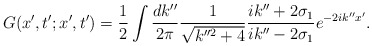
\begin{align*}G(x',t';x',t')=\frac{1}{2}\int\frac{dk''}{2\pi}\frac{1}{\sqrt{k''^{2}+4}}\frac{ik''+2\sigma_{1}}{ik''-2\sigma_{1}}e^{-2ik''x'}.\end{align*}